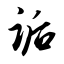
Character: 诟